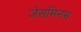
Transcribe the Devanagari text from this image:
जेसमिनम